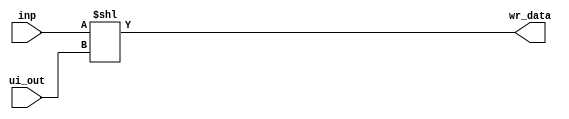
module CombShift (
    input  [ 1:0] ui_out,
    input  [17:0] inp,
    output [20:0] wr_data
);

  assign wr_data = inp << ui_out;

endmodule